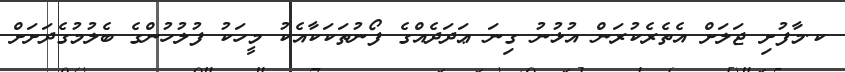
ކ.މާފުށި ޖަލަށް އެތެރެކުރަން އުޅުނު ގިނަ ޢަދަދެއްގެ ފޯނުތަކަކާއެކު މީހަކު ފުލުުހުންގެ ބެލުމުގެދަށަށް